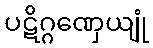
ပဋိဂ္ဂဏှေယျုံ